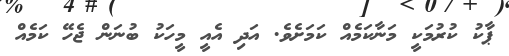
ޕާކު ކުރުމަކީ މަނާކަމެއް ކަމަށެވެ. އަދި އެއީ މީހަކު ބުނަން ޖެހޭ ކަމެއް